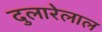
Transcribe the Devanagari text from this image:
दुलारेलाल